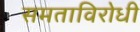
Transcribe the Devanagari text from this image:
समताविरोधी